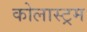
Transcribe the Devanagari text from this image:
कोलास्ट्रम